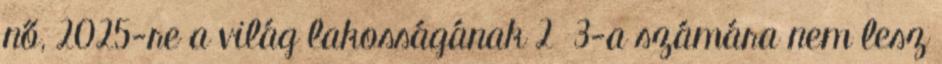
nő, 2025-re a világ lakosságának 2 3-a számára nem lesz